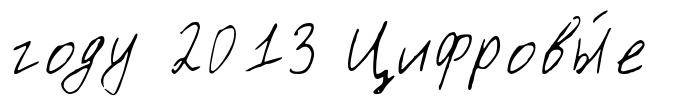
году 2013 Цифровы́е